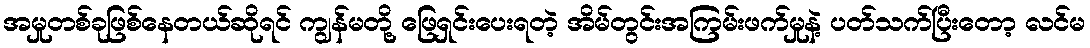
အမှုတစ်ခုဖြစ်နေတယ်ဆိုရင် ကျွန်မတို့ ဖြေရှင်းပေးရတဲ့ အိမ်တွင်းအကြမ်းဖက်မှုနဲ့ ပတ်သက်ပြီးတော့ လင်မ